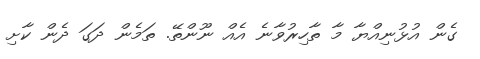
ގެން އުޅުނިއްޔާ މާ ތާހިރުވާނެ އެއް ނޫންތޭ. ތަމެން ދަގަ ދެން ކާށި